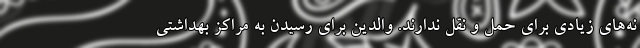
نه‌های زیادی برای حمل و نقل ندارند. والدین برای رسیدن به مراکز بهداشتی